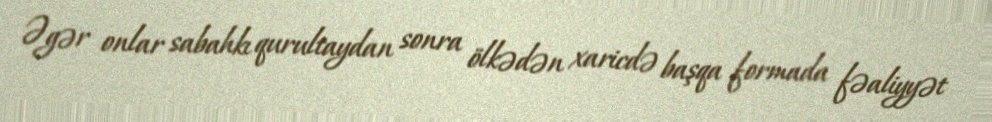
Əgər onlar sabahkı qurultaydan sonra ölkədən xaricdə başqa formada fəaliyyət